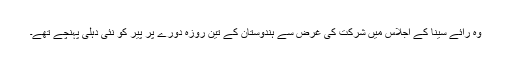
وہ رائے سینا کے اجلاس میں شرکت کی غرض سے ہندوستان کے تین روزہ دورے پر پیر کو نئی دہلی پہنچے تھے۔